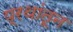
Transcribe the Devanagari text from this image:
प्रथांतून